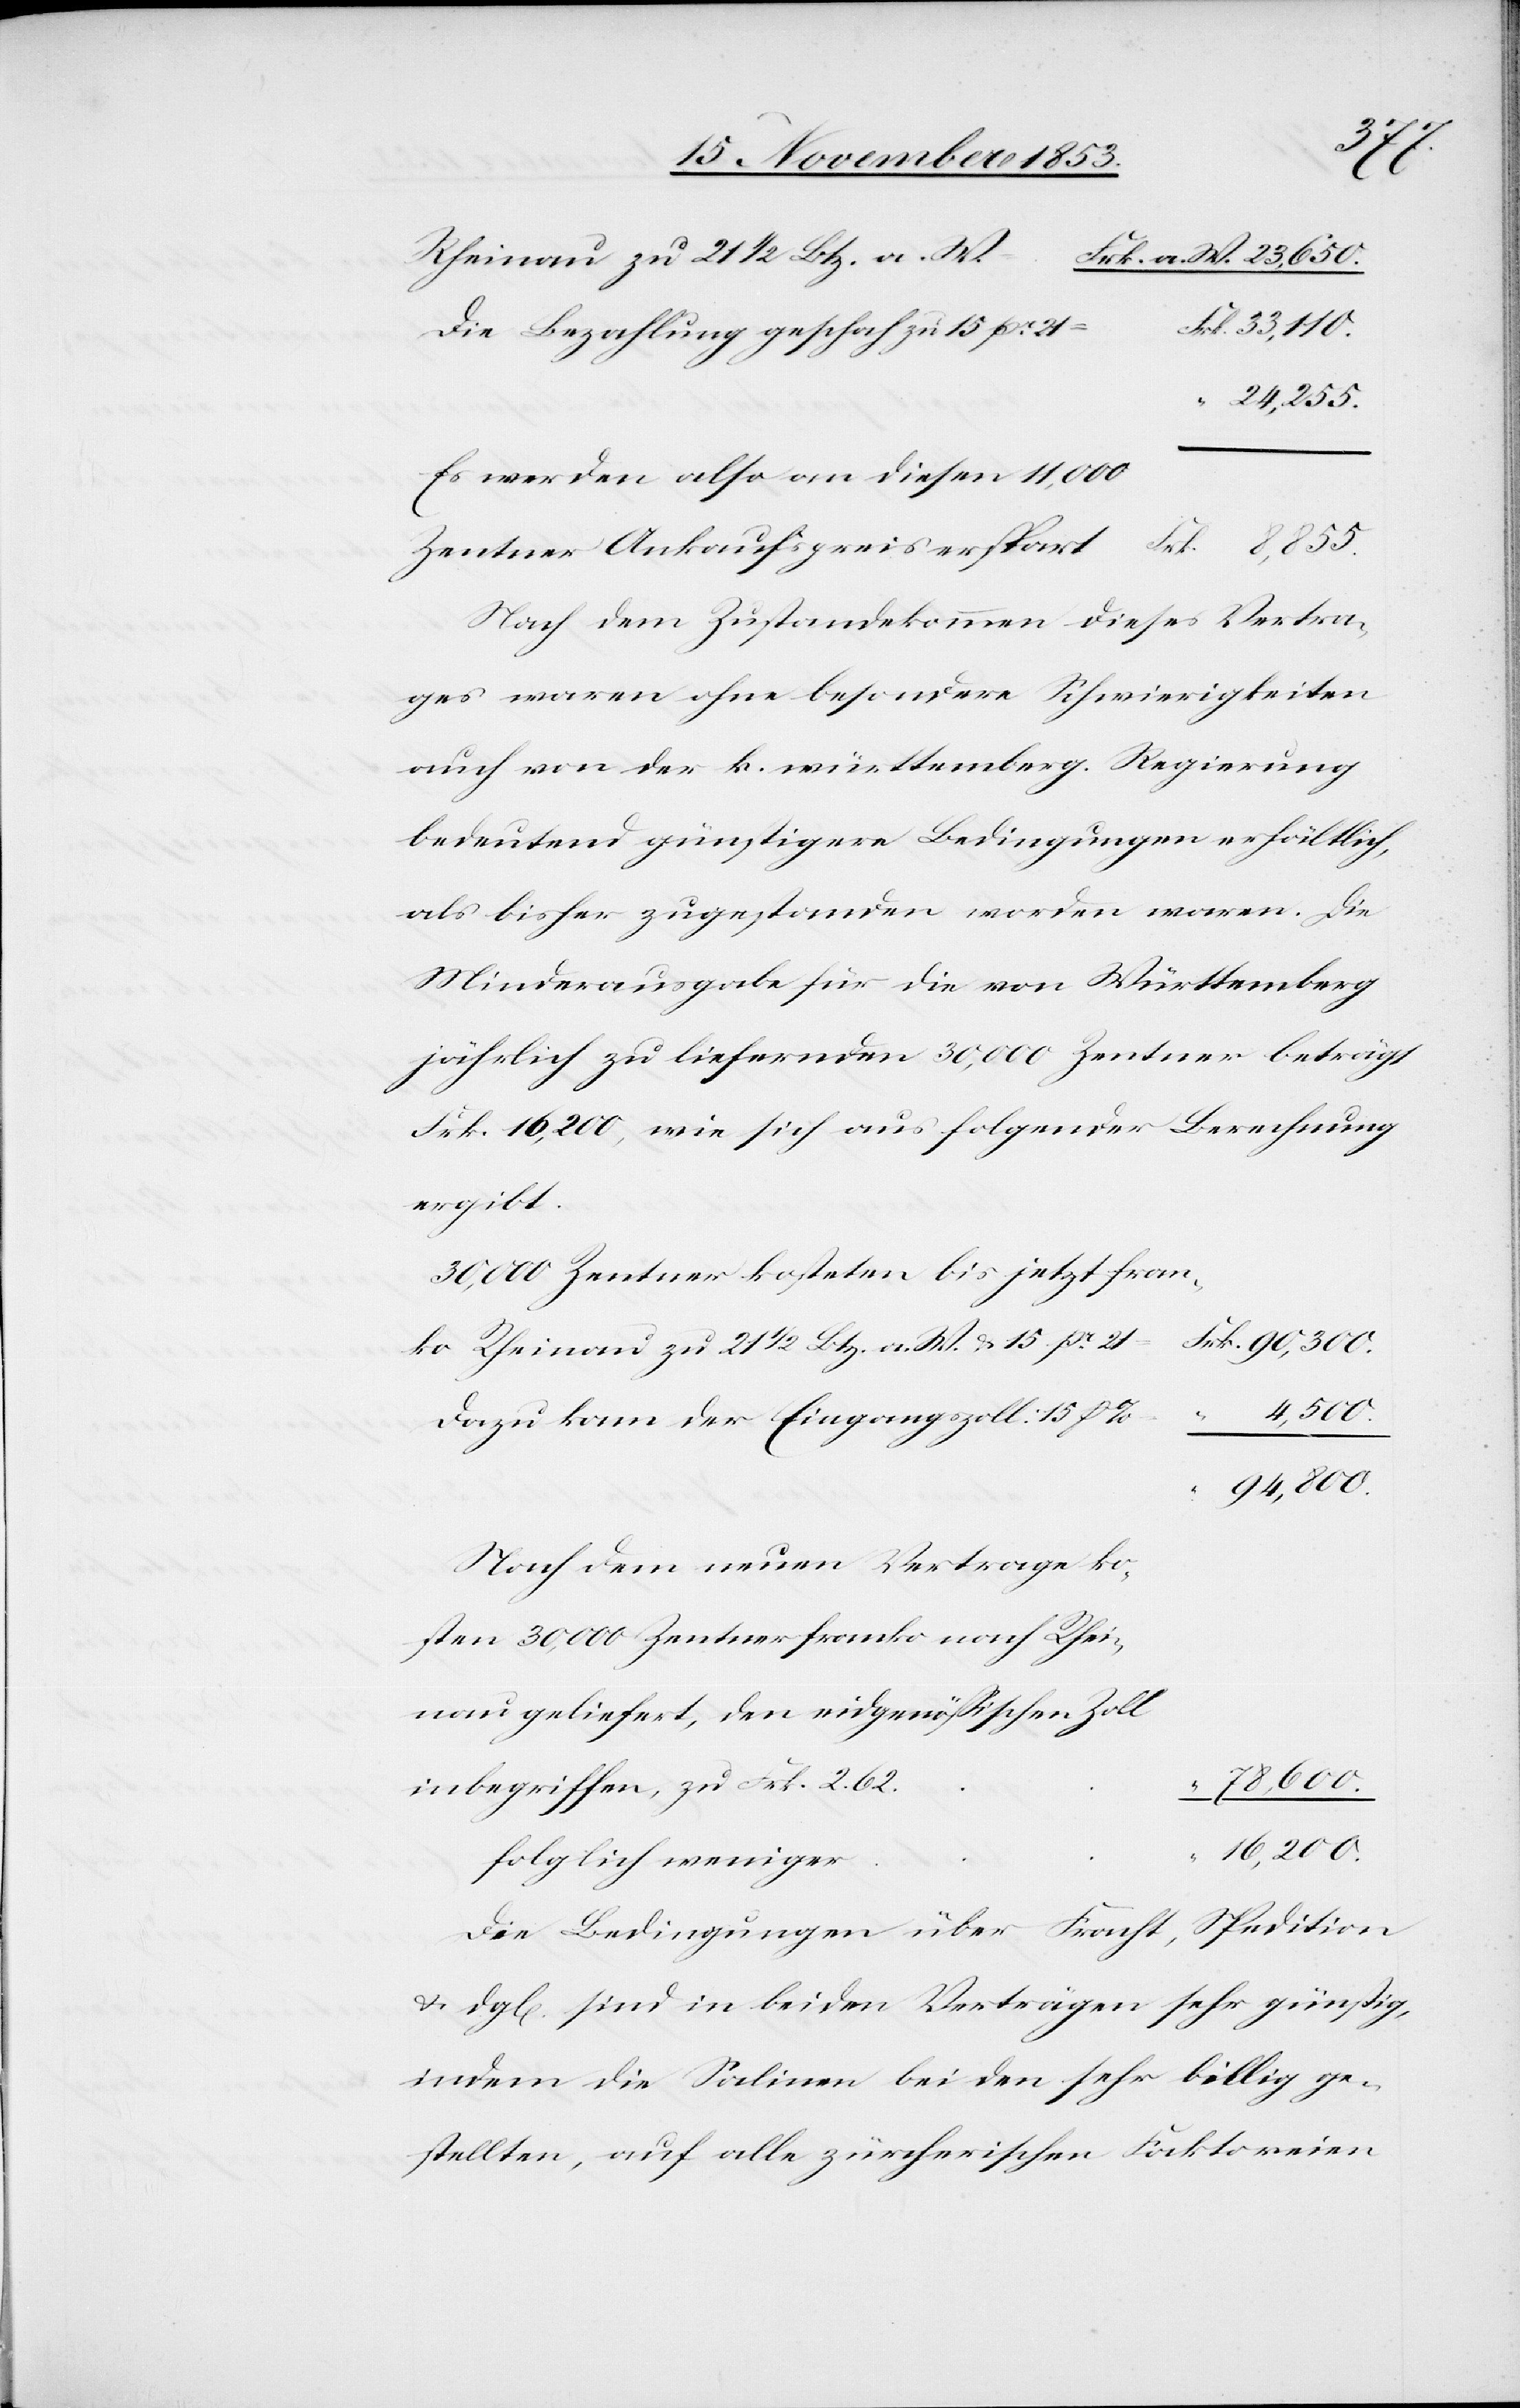
den
Rheinau zu 21 1/2 Btz. a. W. 	Frk. a. W. 23,650
Die Bezahlung geschah zu 15 pr.
24,255.
Es werden also an diesen 11,000
Nach dem Zustandekommen dieses Vertra¬
ges waren ohne besondere Schwierigkeiten
auch von den k. württemberg. Regierung
bedeutend günstigere Bedingungen erhältlich,
als bisher zugestanden worden waren. Die
Minderausgabe für die von Württemberg
jährlich zu liefernden 30,000 Zentner beträgt
Frk. 16,200, wie sich aus folgender Berechnung
geliefert,
30,000 Zentner kosteten bis jetzt franko
8,855.
Dazu kam der Eingangszoll: 15 P
u.
30,000
Nach dem neuen Vertrage kos¬
inbegriffen, zu Frk.
Die Bedingungen über Fracht, Spedition
u. dgl[chen] sind in beiden Verträgen sehr günstig,
indem die Salinen bei den sehr billig ge¬
stellten, auf alle zürcherischen Faktoreien